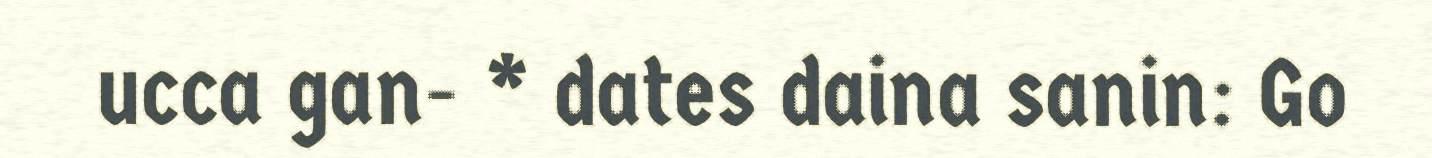
ucca gan- * dates daina sanin: Go